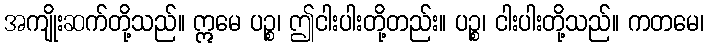
အကျိုးဆက်တို့သည်။ ဣမေ ပဉ္စ၊ ဤငါးပါးတို့တည်း။ ပဉ္စ၊ ငါးပါးတို့သည်။ ကတမေ၊